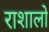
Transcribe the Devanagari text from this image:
राशालो